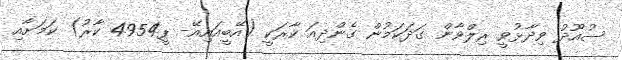
ސުއޫދު ވިދާޅުވީ ރިލްވާން ގަދަކަމުން ގެންދިއަ ކާރަކީ (އޭބީއައިއޭ- ޕީ4954 ކާރު) ކަމަށާއި